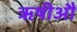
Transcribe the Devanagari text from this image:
ॠषीऔ